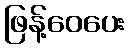
ဖြန့်ဝေပေး